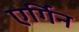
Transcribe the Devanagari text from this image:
एर्गिन